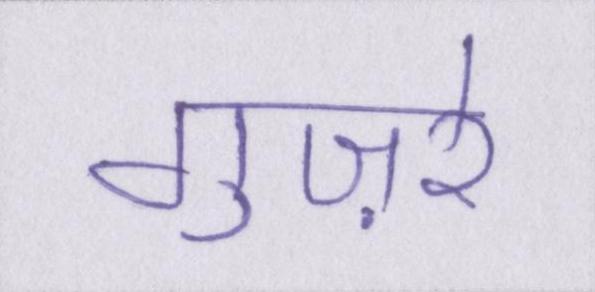
गुज़रे